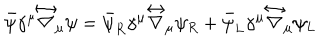
{ \bar { \psi } } \gamma ^ { \mu } \stackrel { \leftrightarrow } { \nabla } _ { \mu } \psi = { \bar { \psi } _ { R } } \gamma ^ { \mu } \stackrel { \leftrightarrow } { \nabla } _ { \mu } \psi _ { R } + { \bar { \psi } _ { L } } \gamma ^ { \mu } \stackrel { \leftrightarrow } { \nabla } _ { \mu } \psi _ { L }